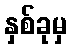
နှစ်ခုမှ